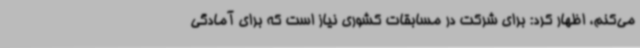
می‌کنم، اظهار کرد: برای شرکت در مسابقات‌ کشوری نیاز است که برای آمادگی